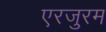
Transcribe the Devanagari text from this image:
एरजुरम